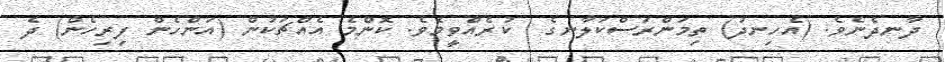
ދާނދެނެވެ. (އެހިނދު) ތިމަންރަސްކަލާނގެ  ކުރެއްވީމެވެ. ކޮންމެ އެއްޗަކުން (އަންހެން ފިރިހެން) ދެ